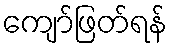
ကျော်ဖြတ်ရန်